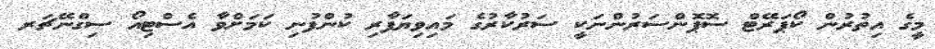
މީގެ އިތުރުން ކޯޕަރޭޓް ސޮޕޮންސަރުންނަކީ ސަރުކާރުގެ މައިވިޔަފާރި ކުންފުނި ކަމަށްވާ އެސްޓިއޯ ސިގްނޭޗަރ